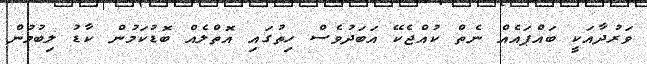
ވަރުދާއަކީ ބައްޕައެއް ނެތް ކުއްޖެކޭ އަބަދުވެސް ހިތުގައި އޮތްލެއް ބޮޑުކަމުން ކާޑު ލިބުމުން